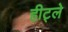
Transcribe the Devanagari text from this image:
हीट्ले